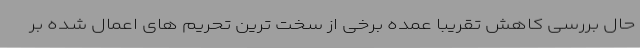
حال بررسی کاهش تقریبا عمده برخی از سخت ترین تحریم های اعمال شده بر